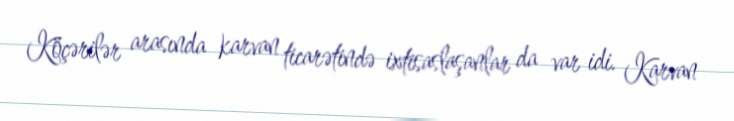
Köçərilər arasında karvan ticarətində ixtisaslaşanlar da var idi. Karvan